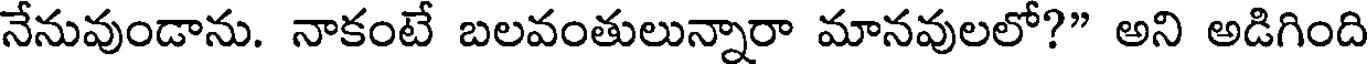
నేనువుండాను. నాకంటే బలవంతులున్నారా మానవులలో?" అని అడిగింది